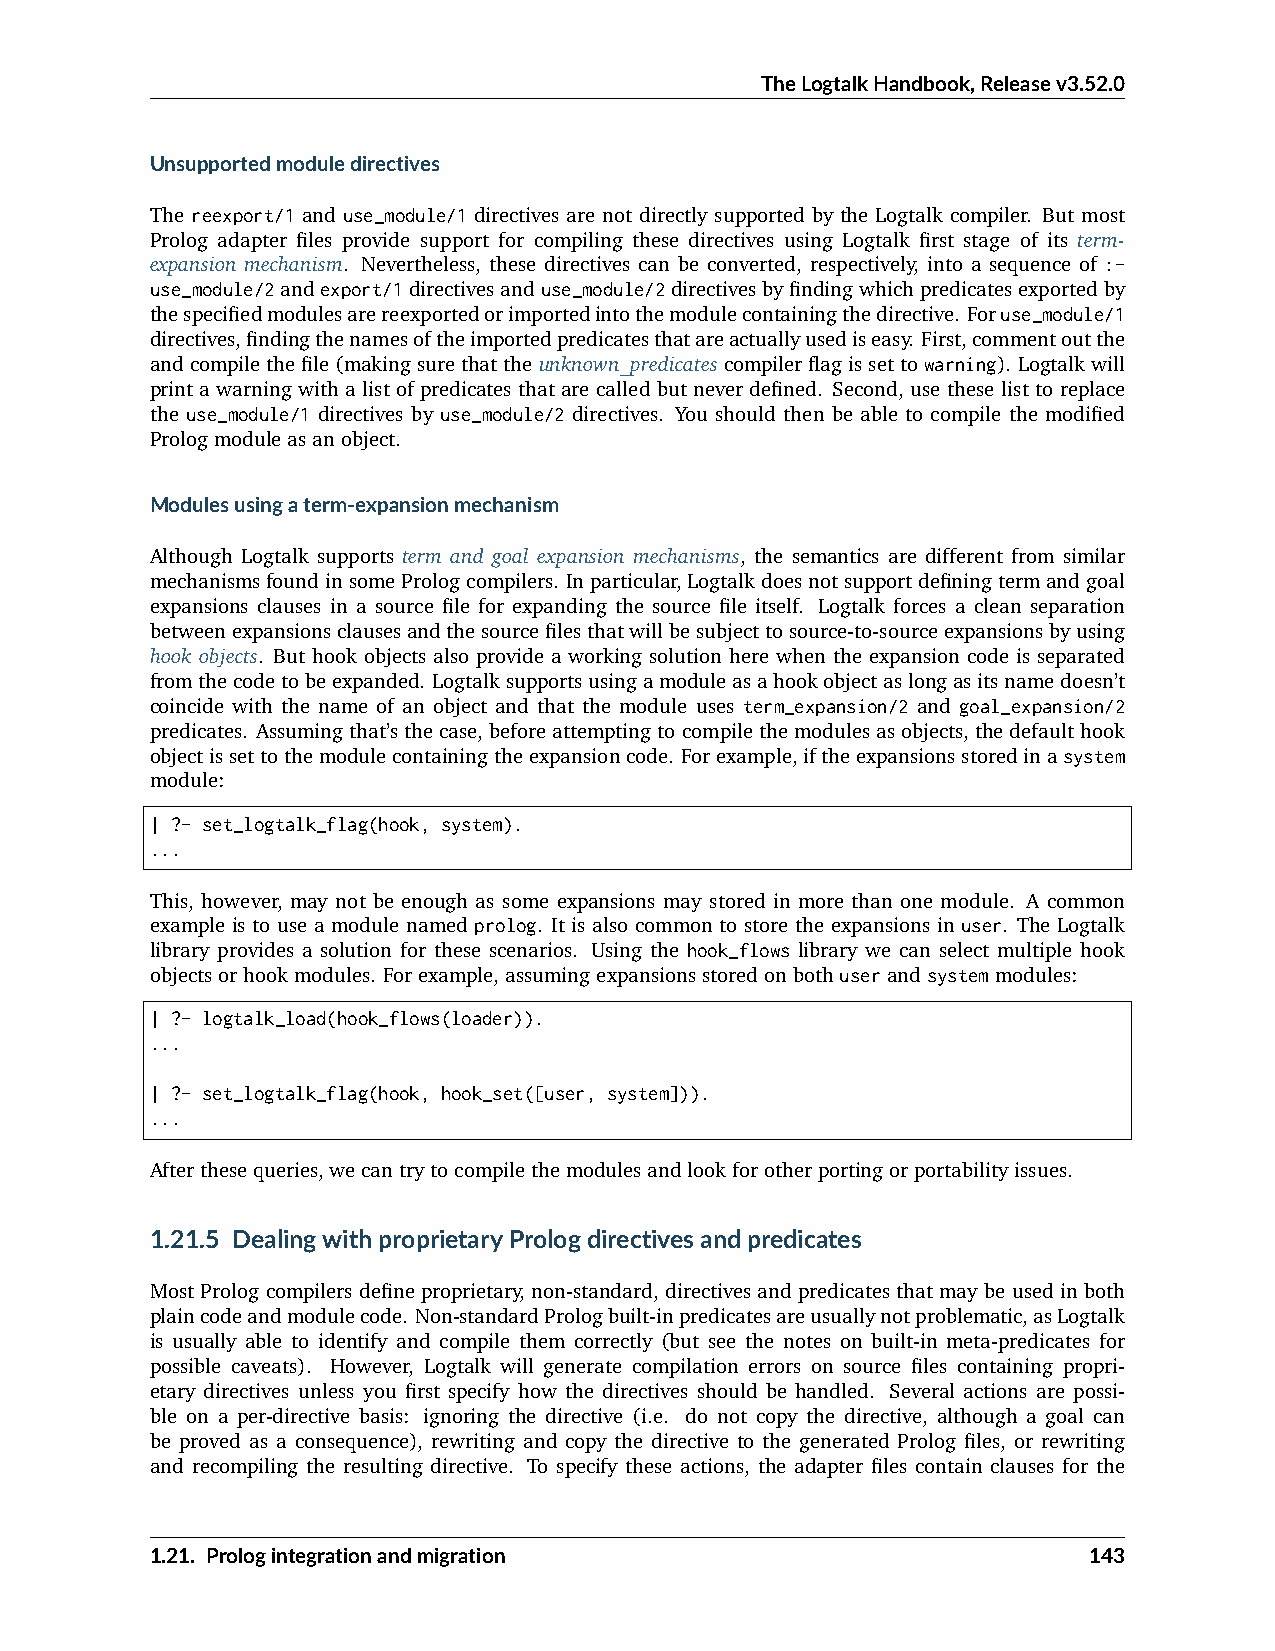
TheLogtalkHandbook,Releasev3.52.0
 Unsupportedmoduledirectives
 The reexport/1 and use_module/1 directives are not directly supported by the Logtalk compiler. But most
 Prolog adapter files provide support for compiling these directives using Logtalk first stage of its term-
 expansion mechanism. Nevertheless, these directives can be converted, respectively, into a sequence of :-
 use_module/2andexport/1directivesanduse_module/2directivesbyfindingwhichpredicatesexportedby
 thespecifiedmodulesarereexportedorimportedintothemodulecontainingthedirective. Foruse_module/1
 directives,findingthenamesoftheimportedpredicatesthatareactuallyusediseasy. First,commentoutthe
 andcompilethefile(makingsurethattheunknown_predicatescompilerflagissettowarning). Logtalkwill
 print a warning with a list of predicates that are called but never defined. Second, use these list to replace
 the use_module/1 directives by use_module/2 directives. You should then be able to compile the modified
 Prologmoduleasanobject.
 Modulesusingaterm-expansionmechanism
 Although Logtalk supports term and goal expansion mechanisms, the semantics are different from similar
 mechanismsfoundinsomePrologcompilers. Inparticular,Logtalkdoesnotsupportdefiningtermandgoal
 expansions clauses in a source file for expanding the source file itself. Logtalk forces a clean separation
 betweenexpansionsclausesandthesourcefilesthatwillbesubjecttosource-to-sourceexpansionsbyusing
 hook objects. But hook objects also provide a working solution here when the expansion code is separated
 fromthecodetobeexpanded. Logtalksupportsusingamoduleasahookobjectaslongasitsnamedoesn’t
 coincide with the name of an object and that the module uses term_expansion/2 and goal_expansion/2
 predicates. Assumingthat’sthecase,beforeattemptingtocompilethemodulesasobjects,thedefaulthook
 objectissettothemodulecontainingtheexpansioncode. Forexample,iftheexpansionsstoredinasystem
 module:
 | ?- set_logtalk_flag(hook, system).
 ...
 This, however, may not be enough as some expansions may stored in more than one module. A common
 example is to use a module named prolog. It is also common to store the expansions in user. The Logtalk
 library provides a solution for these scenarios. Using the hook_flows library we can select multiple hook
 objectsorhookmodules. Forexample,assumingexpansionsstoredonbothuserandsystemmodules:
 | ?- logtalk_load(hook_flows(loader)).
 ...
 | ?- set_logtalk_flag(hook, hook_set([user, system])).
 ...
 Afterthesequeries,wecantrytocompilethemodulesandlookforotherportingorportabilityissues.
 1.21.5 DealingwithproprietaryPrologdirectivesandpredicates
 Most Prolog compilers define proprietary, non-standard, directives and predicates that may be used in both
 plaincodeandmodulecode. Non-standardPrologbuilt-inpredicatesareusuallynotproblematic,asLogtalk
 is usually able to identify and compile them correctly (but see the notes on built-in meta-predicates for
 possible caveats). However, Logtalk will generate compilation errors on source files containing propri-
 etary directives unless you first specify how the directives should be handled. Several actions are possi-
 ble on a per-directive basis: ignoring the directive (i.e. do not copy the directive, although a goal can
 be proved as a consequence), rewriting and copy the directive to the generated Prolog files, or rewriting
 and recompiling the resulting directive. To specify these actions, the adapter files contain clauses for the
 1.21. Prologintegrationandmigration                           143